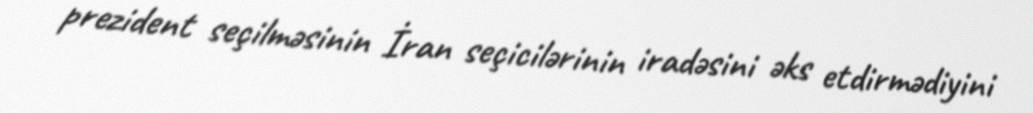
prezident seçilməsinin İran seçicilərinin iradəsini əks etdirmədiyini